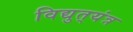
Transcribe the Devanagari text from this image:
विद्युत्‌यंत्र